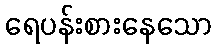
ရေပန်းစားနေသော